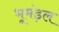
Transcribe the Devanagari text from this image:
भूमंड़ल